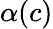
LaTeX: \alpha(c)